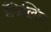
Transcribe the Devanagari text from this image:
डँडेलिन